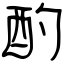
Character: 酌